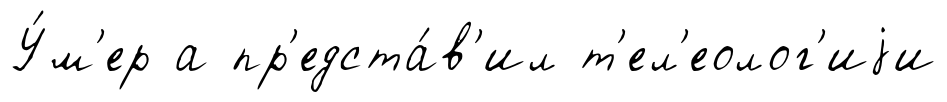
У́м'ер а пр'едста́в'ил т'ел'еолог'иjи